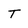
Character: T